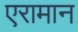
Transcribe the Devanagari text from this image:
एरामान